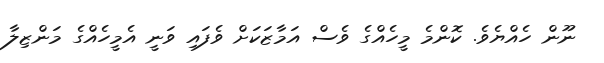
ނޫން ހެއްޔެވެ. ކޮންމެ މީހެއްގެ ވެސް އަމާޒަކަށް ވެފައި ވަނީ އެމީހެއްގެ މަންޒިލާ